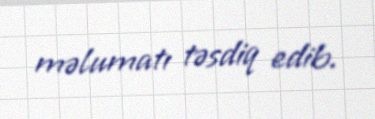
məlumatı təsdiq edib.